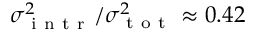
\sigma _ { \mathrm { ~ i ~ n ~ t ~ r ~ } } ^ { 2 } / \sigma _ { \mathrm { ~ t ~ o ~ t ~ } } ^ { 2 } \approx 0 . 4 2